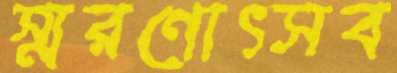
স্মরণোৎসব